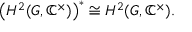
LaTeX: { \bigl ( } H ^ { 2 } ( G , \mathbb { C } ^ { \times } ) { \bigr ) } ^ { * } \cong H ^ { 2 } ( G , \mathbb { C } ^ { \times } ) .